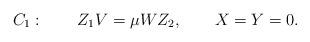
LaTeX: \begin{align*}C_1:\qquad Z_1V = \mu WZ_2, \qquad X=Y=0.\end{align*}